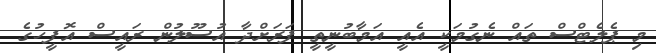
މި ޕެލެޓްސް ތައް ނެގުމަކީ އެއީ އަމާބުނީތީ ފަރަށްދާ އުސޫލުން ރައީސް އޮފީހުގެ